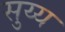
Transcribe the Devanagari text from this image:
सुय्य